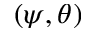
( \psi , \theta )